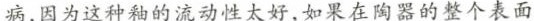
病，因为这种釉的流动性太好.如果在陶器的整个表面